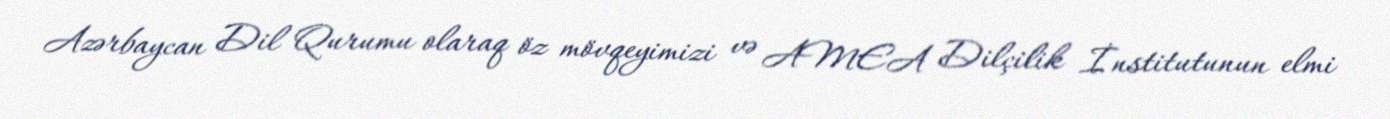
Azərbaycan Dil Qurumu olaraq öz mövqeyimizi və AMEA Dilçilik İnstitutunun elmi